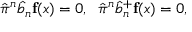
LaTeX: \hat { \pi } ^ { n } \hat { b } _ { n } { \bf f } ( x ) = 0 , \; \; \hat { \pi } ^ { n } \hat { b } _ { n } ^ { + } { \bf f } ( x ) = 0 ,